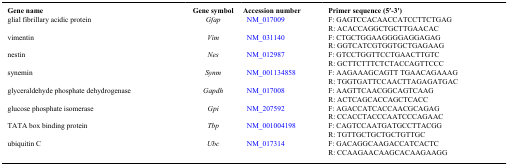
<table><thead><tr><td><b>Gene name</b></td><td><b>Gene symbol</b></td><td><b>Accession number</b></td><td><b>Primer sequence (5′-3′)</b></td></tr></thead><tbody><tr><td>glial fibrillary acidic protein</td><td><i>Gfap</i></td><td>NM_017009</td><td>F: GAGTCCACAACCATCCTTCTGAG</td></tr><tr><td> </td><td></td><td></td><td>R: ACACCAGGCTGCTTGAACAC</td></tr><tr><td>vimentin</td><td><i>Vim</i></td><td>NM_031140</td><td>F: CTGCTGGAAGGGGAGGAGAG</td></tr><tr><td> </td><td></td><td></td><td>R: GGTCATCGTGGTGCTGAGAAG</td></tr><tr><td>nestin</td><td><i>Nes</i></td><td>NM_012987</td><td>F: GTCCTGGTTCCTGAACTTGTC</td></tr><tr><td> </td><td></td><td></td><td>R: GCTTCTTTCTCTACCAGTTCCC</td></tr><tr><td>synemin</td><td><i>Synm</i></td><td>NM_001134858</td><td>F: AAGAAAGCAGTT TGAACAGAAAG</td></tr><tr><td> </td><td></td><td></td><td>R: TGGTGATTCCAACTTAGAGATGAC</td></tr><tr><td>glyceraldehyde phosphate dehydrogenase</td><td><i>Gapdh</i></td><td>NM_017008</td><td>F: AAGTTCAACGGCAGTCAAG</td></tr><tr><td> </td><td></td><td></td><td>R: ACTCAGCACCAGCTCACC</td></tr><tr><td>glucose phosphate isomerase</td><td><i>Gpi</i></td><td>NM_207592</td><td>F: AGACCATCACCAACGCAGAG</td></tr><tr><td> </td><td></td><td></td><td>R: CCACCTACCCAATCCCAGAAC</td></tr><tr><td>TATA box binding protein</td><td><i>Tbp</i></td><td>NM_001004198</td><td>F: CAGTCCAATGATGCCTTACGG</td></tr><tr><td> </td><td></td><td></td><td>R: TGTTGCTGCTGCTGTTGC</td></tr><tr><td>ubiquitin C</td><td><i>Ubc</i></td><td>NM_017314</td><td>F: GACAGGCAAGACCATCACTC</td></tr><tr><td> </td><td></td><td></td><td>R: CCAAGAACAAGCACAAGAAGG</td></tr></tbody></table>